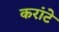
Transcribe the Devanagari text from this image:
करांटे